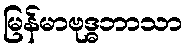
မြန်မာဗုဒ္ဓဘာသာ